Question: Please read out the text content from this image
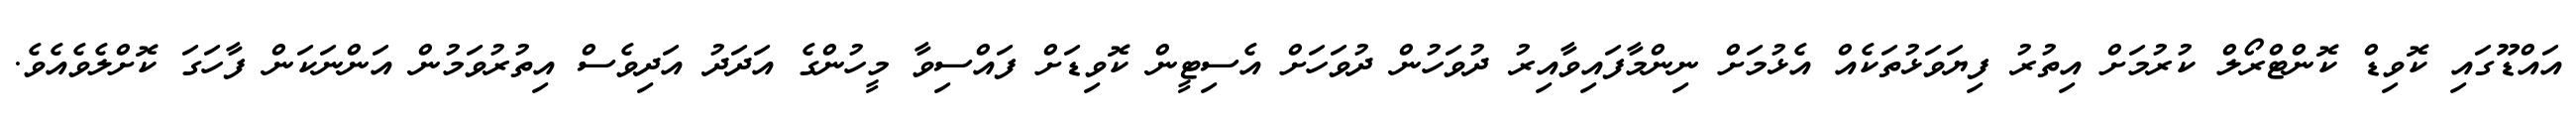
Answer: އައްޑޫގައި ކޮވިޑް ކޮންޓްރޯލް ކުރުމަށް އިތުރު ފިޔަވަޅުތަކެއް އެޅުމަށް ނިންމާފައިވާއިރު ދުވަހުން ދުވަހަށް އެސިޓީން ކޮވިޑަށް ފައްސިވާ މީހުންގެ އަދަދު އަދިވެސް އިތުރުވަމުން އަންނަކަން ފާހަގަ ކޮށްލެވެއެވެ.